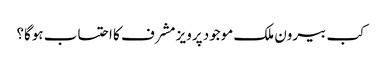
کب بیرون ملک موجود پرویز مشرف کا احتساب ہوگا؟